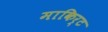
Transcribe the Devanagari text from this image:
माकिर्ट